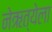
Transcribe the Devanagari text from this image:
नेऋत्येला